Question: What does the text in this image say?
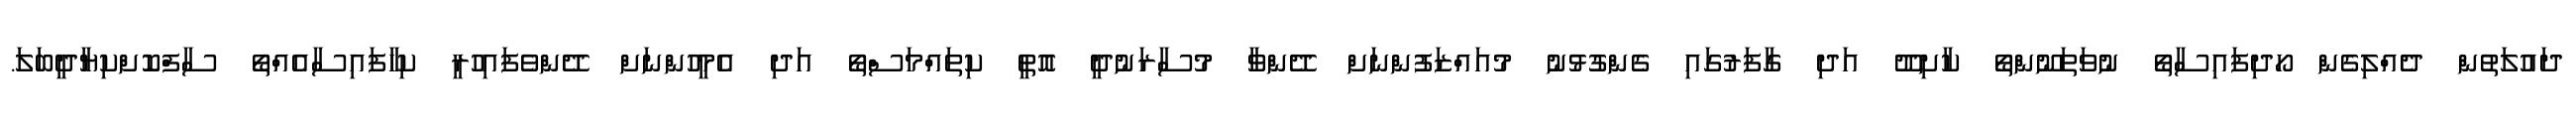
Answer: ދައުލަތުން ދެއްލިގެން ހޯދިފައިސާތޯ ނުވަތަނޫންތޯ ކާށިދޫ އަދި ގާފަރުގައި ގެންގުޅުނު މުއައްޒަފުންނަށް ދޭންވާ މުސާރަނުދީ އޮތީ ކިތައްމަސްތޯ އަދި އެމީހުންނަށް ދޭންވެފައިހުރީ ކިހާފައިސާއެއްތޯ ސާފްކޮށްކިޔާދީބަލަ.